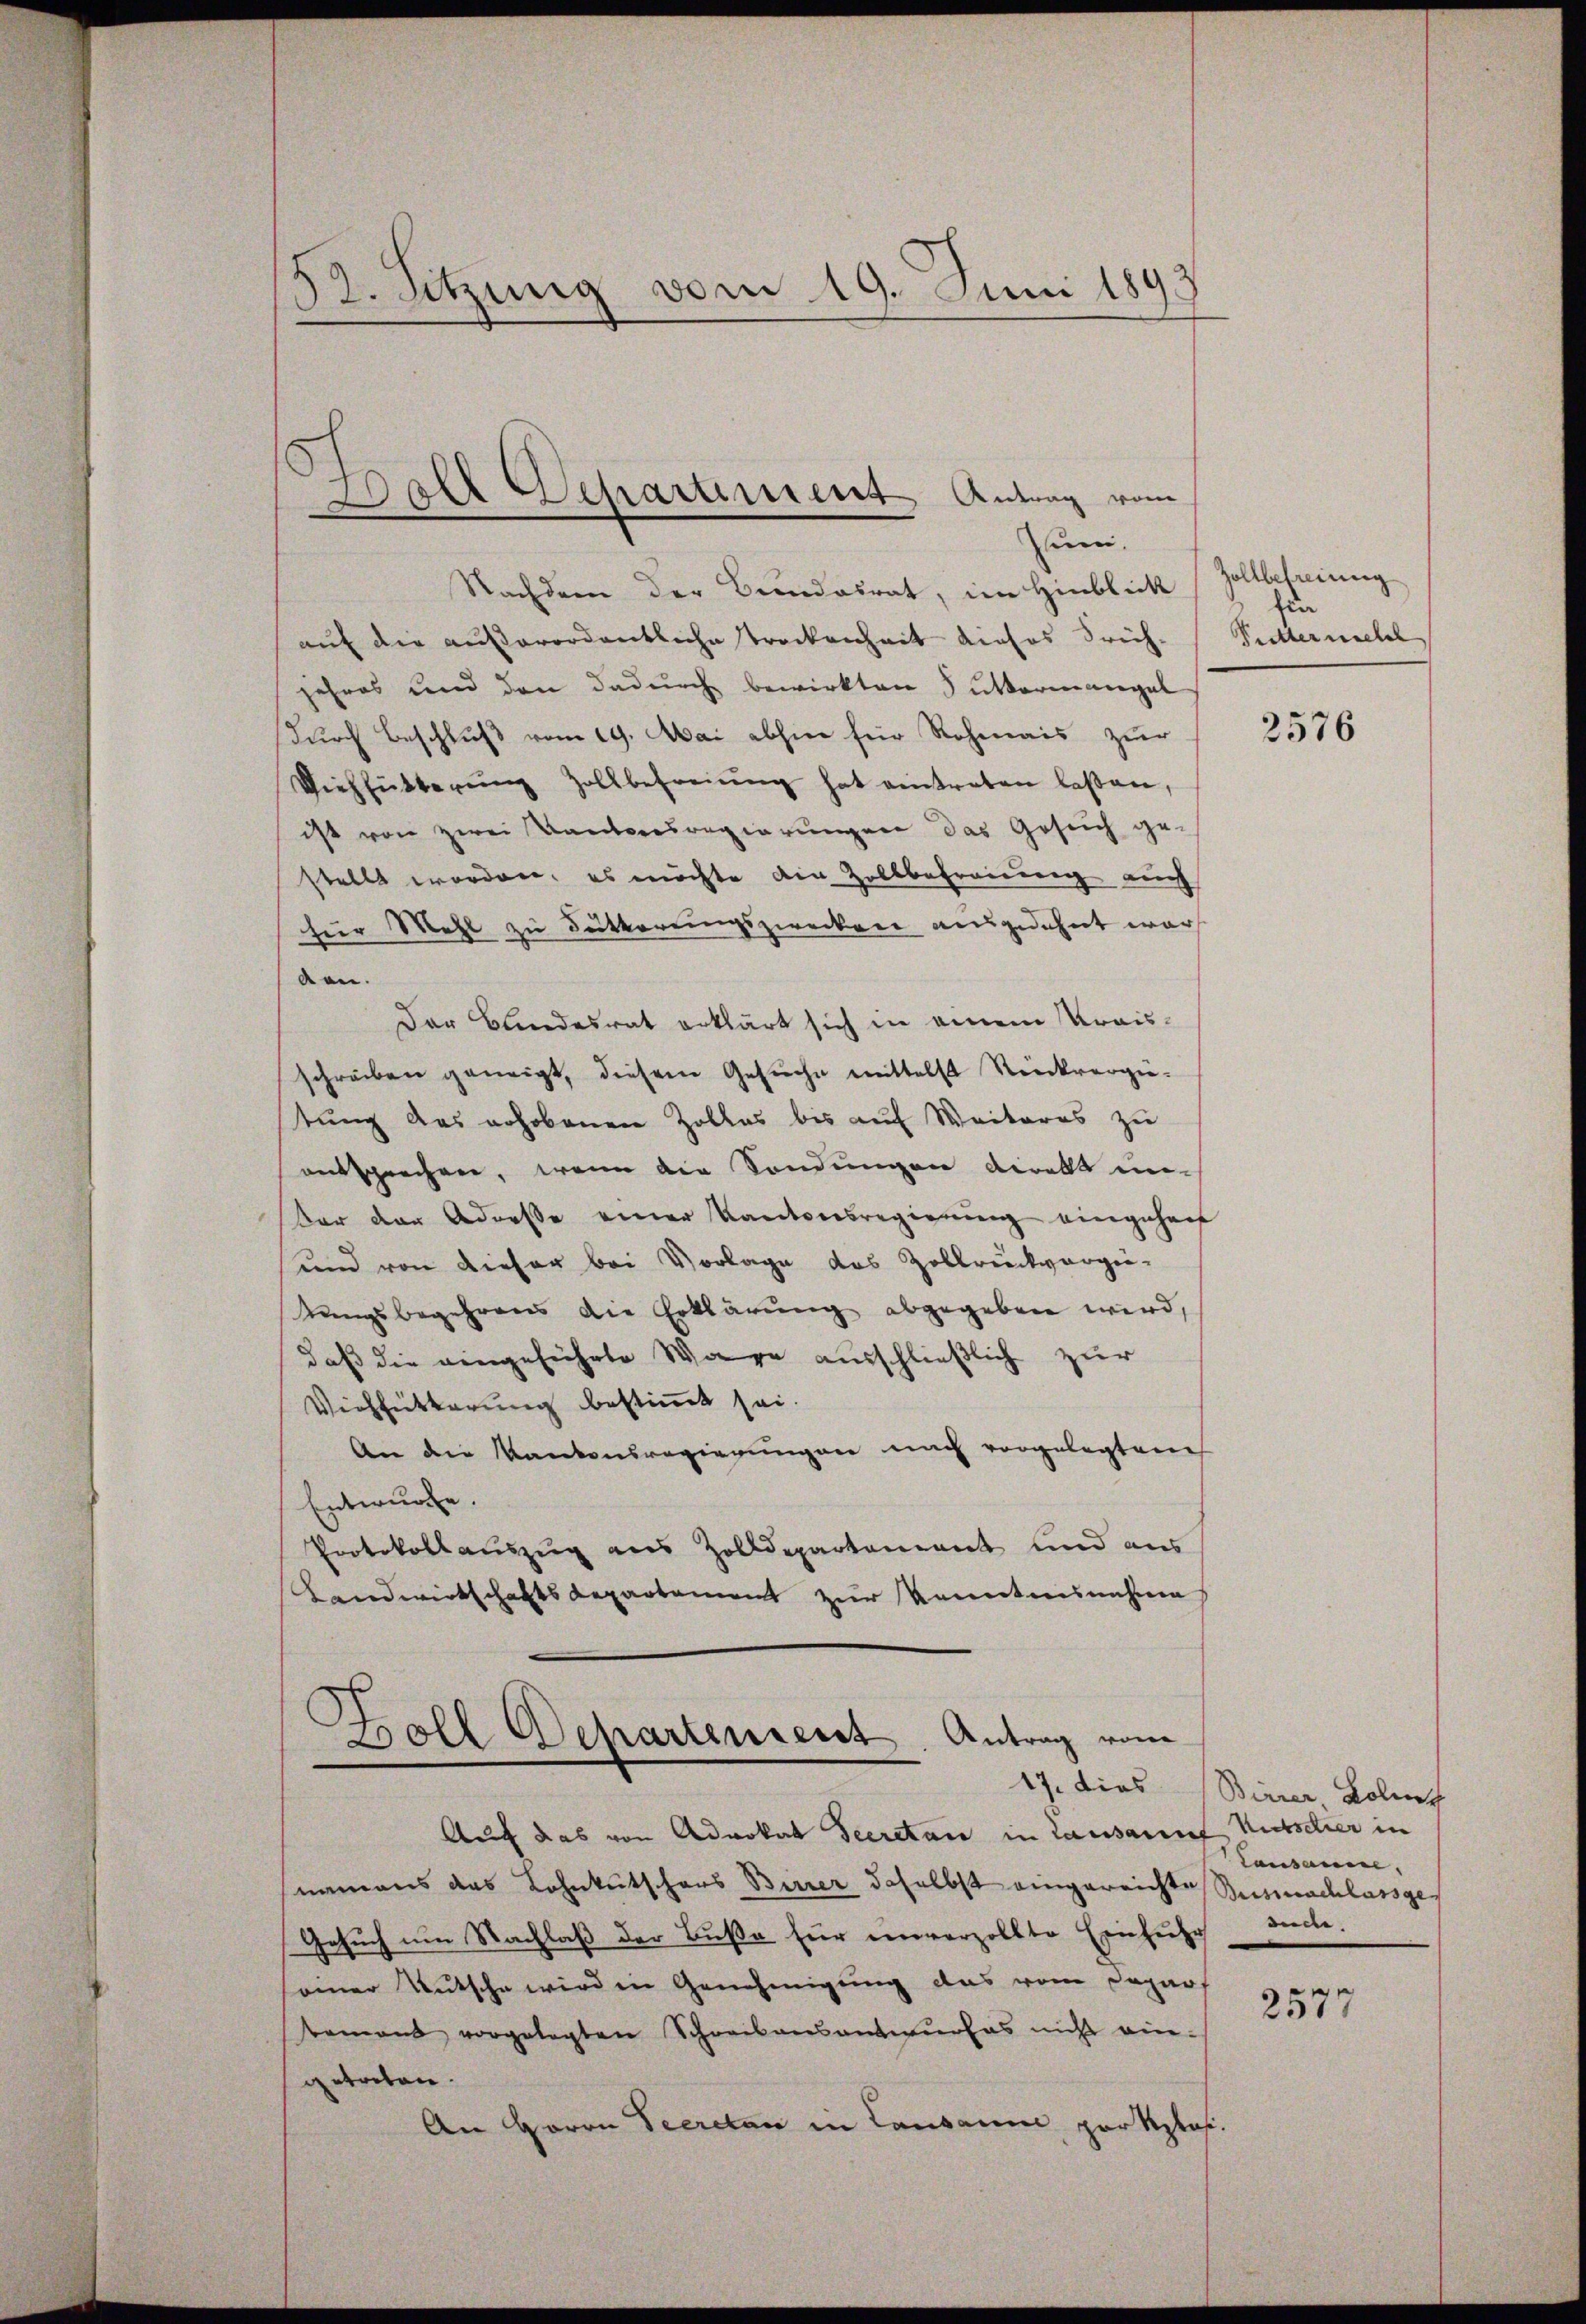
52. Sitzung vom 19. Juni 1893

Dol Separtement Antrag vom
un.

Nachdem der Bundesrat, im Hinblick
aŭf die aŭβerordentliche Trockenheit dieses Früh-
jahres und den dadurch bewirkten Suttermangel
durch Beschluß vom 19. Mai abhin für Rohmais zur
Viehfütterŭng Zollbefreiung hat eintreten laßen,
ist von zwei Kantoresregierungen das Gesuch ge-
stellt worden, es möchte die Zollbefreiung auch
fier Mehl zu Fütterungszwecken ausgedehnt war.
den.
Der Blindesrat erklärt sich in einem Kraisschreiben geneigt, diesem Gesŭche mittelst Rückvergie-
tung das erhobenen Zolles bis auf Weiteres zu
entsprechen, wenn die Sondungen deratt under der Adresse einer Kantonsregierung eingehen
und von dieser bei Vorlage das Zollrückvorge-
tungsbegehrens die Erklärung abgegeben wird,
daß die eingeführte Ware ausschließlich zur
Viehfütterung bestimmt sei.
An die Kantonsregierungen nach vorgelegten
Entwurfe.
Protokollauszug aus Zolldepartement und aus
Landwirtschaftsdepartement zur Kenntnisnahme

Boll Schartenient. Antrag vom

Auch das von Advokat Secretan in Lausannes Kutschier in
namens das Lohnkutschars Birrer daselbst eingereichte Busmachlassge¬
Gesuch um Nachlaß der Buße für unverzollte Einfuhr tieche.
einer Mutsche wird in Genehmigung das vom Depart
tament vorgelegten Schreibensantwŭrfes nicht ein-
getreten.
An Herrn Secretan in Lausanne par Klas¬

Zollbefreiung
für
Sutternschl

2576

17. dies Bierer, Poliz
Lausanne,

2577